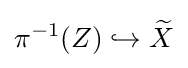
\pi ^{-1}(Z)\hookrightarrow {\widetilde {X}}